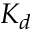
K _ { d }